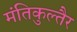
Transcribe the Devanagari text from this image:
मंतिकुल्तैर